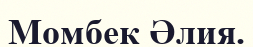
Момбек Әлия.